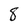
Character: 8